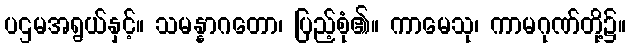
ပဌမအရွယ်နှင့်။ သမန္နာဂတော၊ ပြည့်စုံ၏။ ကာမေသု၊ ကာမဂုဏ်တို့၌။